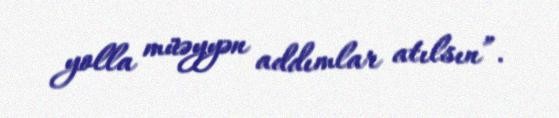
yolla müəyyən addımlar atılsın”.